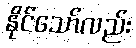
နိုင်သော်လည်း